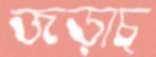
জড়াচ্